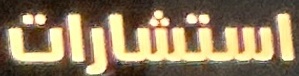
استشارات